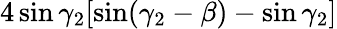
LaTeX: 4\sin\gamma_{2}[\sin(\gamma_{2}-\beta)-\sin\gamma_{2}]